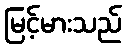
မြင့်မားသည်